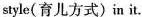
style( 育儿方式)in it.